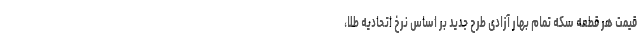
قیمت هر قطعه سکه تمام بهار آزادی طرح جدید بر اساس نرخ اتحادیه طلا،